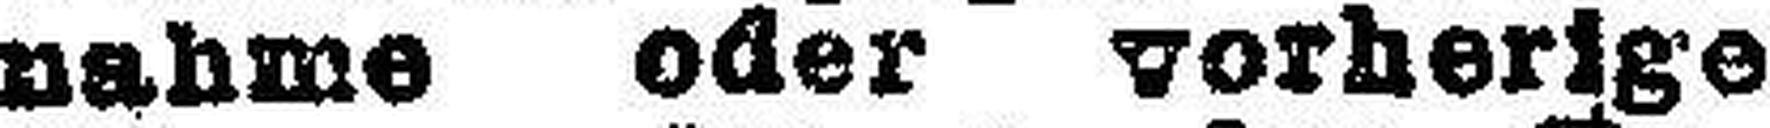
nahme oder vorherige